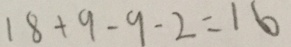
1 8 + 9 - 9 - 2 = 1 6